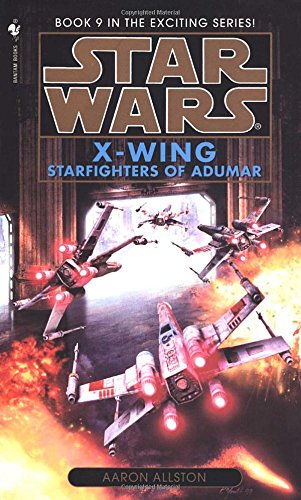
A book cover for Starfighters of Adumar (Star Wars: X-Wing #9); Aaron Allston; Science Fiction & Fantasy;